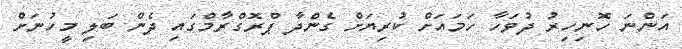
އަންނަ ހޮނިހިރު ދުވަހާ ހަމައަށް ކުރިޔަށް ގެންދާ ޕްރޮގްރާމްގައި ދެން ބަލި މީހުނަށް